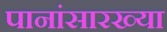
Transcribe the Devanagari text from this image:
पानांसारख्या